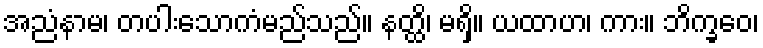
အညံနာမ၊ တပါးသောကံမည်သည်။ နတ္ထိ၊ မရှိ။ ယထာဟ၊ ကား။ ဘိက္ခဝေ၊